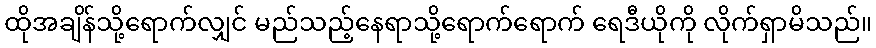
ထိုအချိန်သို့ရောက်လျှင် မည်သည့်နေရာသို့ရောက်ရောက် ရေဒီယိုကို လိုက်ရှာမိသည်။